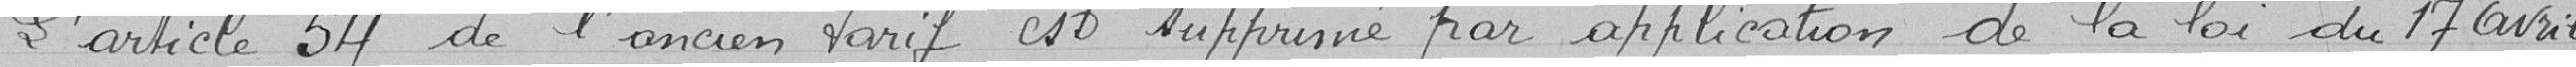
L'article 54 de l'ancien tarif est supprimé par application de la loi du 17 avril